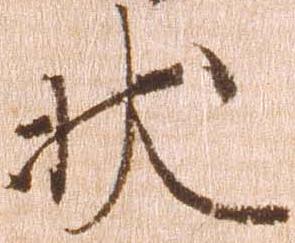
状